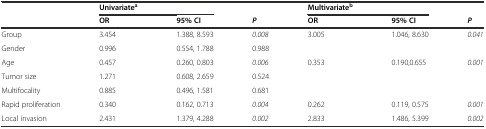
<table><thead><tr><td rowspan="2"></td><td><b>Univariate<sup>a</sup></b></td><td></td><td></td><td><b>Multivariate<sup>b</sup></b></td><td></td><td></td></tr><tr><td><b>OR</b></td><td><b>95% CI</b></td><td><b><i>P</i></b></td><td><b>OR</b></td><td><b>95% CI</b></td><td><b><i>P</i></b></td></tr></thead><tbody><tr><td>Group</td><td>3.454</td><td>1.388, 8.593</td><td><i>0.008</i></td><td>3.005</td><td>1.046, 8.630</td><td><i>0.041</i></td></tr><tr><td>Gender</td><td>0.996</td><td>0.554, 1.788</td><td>0.988</td><td></td><td></td><td></td></tr><tr><td>Age</td><td>0.457</td><td>0.260, 0.803</td><td><i>0.006</i></td><td>0.353</td><td>0.190,0.655</td><td><i>0.001</i></td></tr><tr><td>Tumor size</td><td>1.271</td><td>0.608, 2.659</td><td>0.524</td><td></td><td></td><td></td></tr><tr><td>Multifocality</td><td>0.885</td><td>0.496, 1.581</td><td>0.681</td><td></td><td></td><td></td></tr><tr><td>Rapid proliferation</td><td>0.340</td><td>0.162, 0.713</td><td><i>0.004</i></td><td>0.262</td><td>0.119, 0.575</td><td><i>0.001</i></td></tr><tr><td>Local invasion</td><td>2.431</td><td>1.379, 4.288</td><td><i>0.002</i></td><td>2.833</td><td>1.486, 5.399</td><td><i>0.002</i></td></tr></tbody></table>